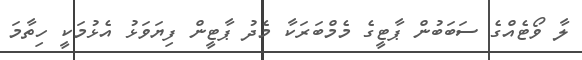
ލާ ވޯޓެއްގެ ސަބަބުން ޕާޓީގެ މެމްބަރަކާ މެދު ޕާޓީން ފިޔަވަޅު އެޅުމަކީ ހިތާމަ